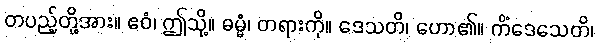
တပည့်တို့အား။ ဧဝံ၊ ဤသို့။ ဓမ္မံ၊ တရားကို။ ဒေသတိ၊ ဟော၏။ ကိံဒေသေတိ၊